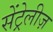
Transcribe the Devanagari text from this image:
सेंट्रेलीज़